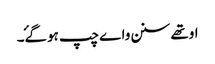
اوتھے سنن واے چپ ہوگۓ۔